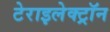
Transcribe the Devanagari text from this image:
टेराइलेक्ट्रॉन